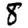
Digit: 8